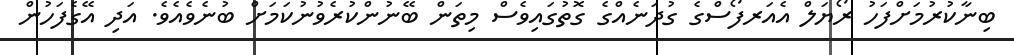
ބިނާކުރުމަށްފަހު ރޯޔަލް އެއަރފޯސްގެ ގުދަނެއްގެ ގޮތުގައިވެސް މިތަން ބޭނުންކުރެވުނުކަމަށް ބުނެވެއެވެ. އަދި އޭގެފަހުން